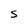
Character: S